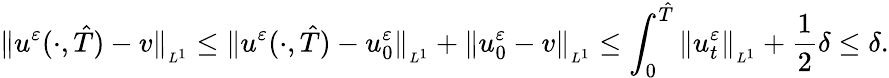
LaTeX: \| u^{\varepsilon}(\cdot,\hat{T})-v\| _{_{L^{1}}}\leq\| u^{\varepsilon}(\cdot,\hat{T})-u_{0}^{\varepsilon}\| _{_{L^{1}}}+\| u_{0}^{\varepsilon}-v\| _{_{L^{1}}}\leq\int_{0}^{\hat{T}}\| u_{t}^{\varepsilon}\| _{_{L^{1}}}+\frac 12\delta\leq\delta.